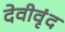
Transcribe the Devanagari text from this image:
देवीवृंद